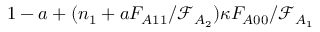
1 - a + ( n _ { 1 } + a F _ { A 1 1 } / \mathcal { F } _ { A _ { 2 } } ) \kappa F _ { A 0 0 } / \mathcal { F } _ { A _ { 1 } }